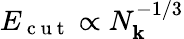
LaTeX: E_{\mathrm{~c~u~t~}}\propto N_{\mathbf{k}}^{-1/3}